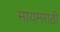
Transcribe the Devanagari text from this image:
मायमराठी